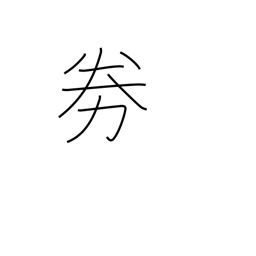
Meaning: become fatigued